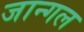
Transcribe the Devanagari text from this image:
जान्गल